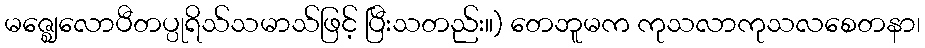
မဇ္ဈေလောပီတပ္ပုရိသ်သမာသ်ဖြင့် ပြီးသတည်း။) တေဘူမက ကုသလာကုသလစေတနာ၊